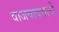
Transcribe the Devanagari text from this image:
वाजवावयाचे